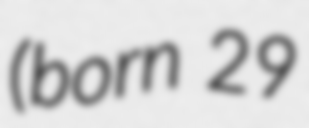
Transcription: (born 29